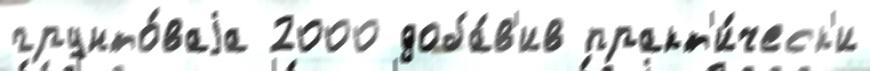
грунто́ваjа 2000 доба́в'ив практ'и́ческ'и